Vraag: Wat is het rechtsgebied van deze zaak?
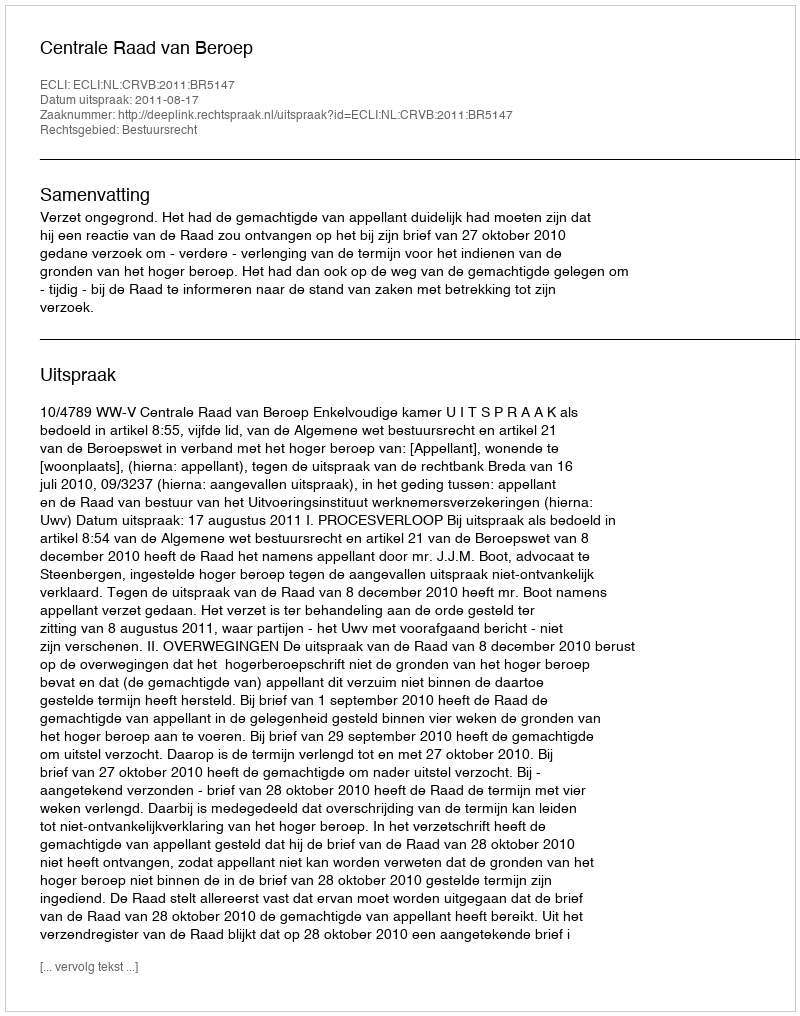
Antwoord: Bestuursrecht